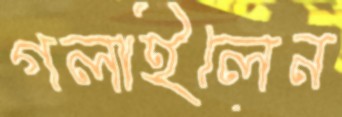
গলাইলেন